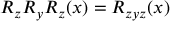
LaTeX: R _ { z } R _ { y } R _ { z } ( x ) = R _ { z y z } ( x )